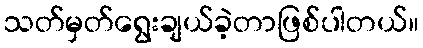
သတ်မှတ်ရွေးချယ်ခဲ့တာဖြစ်ပါတယ်။